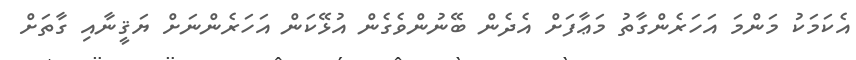
އެކަމަކު މަންމަ އަހަރެންގާތު މަޢާފަށް އެދެން ބޭނުންވެގެން އުޅޭކަން އަހަރެންނަށް ޔަޤީނާއި ގާތަށް